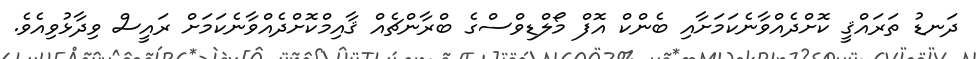
ދަނޑު ތަރައްޤީ ކޮށްދެއްވާނެކަމަށާއި ބެންކް އޮފް މޯލްޑިވްސްގެ ބްރާންޗެއް ޤާއިމްކޮށްދެއްވާނެކަމަށް ރައީސް ވިދާޅުވިއެވެ.